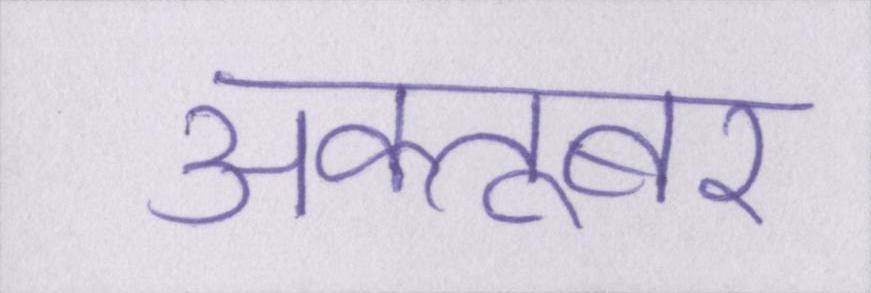
अक्तूबर